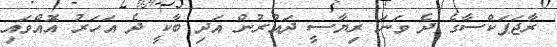
ރާޖަޕަކްސާގެ ދެ ވަނަ ރިޔާސީ ދައުރުން އަދި ބާކީ ދެ އަހަރު އޮއްވައި